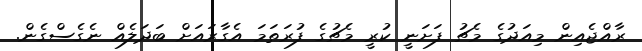
ރާއްޖެއިން މިއަދުގެ މެޗު ފަށަނީ ކުރީ މެޗުގެ ފުރަތަމަ އެގާރައަށް ބަދަލެއް ނެގެސްގެން.